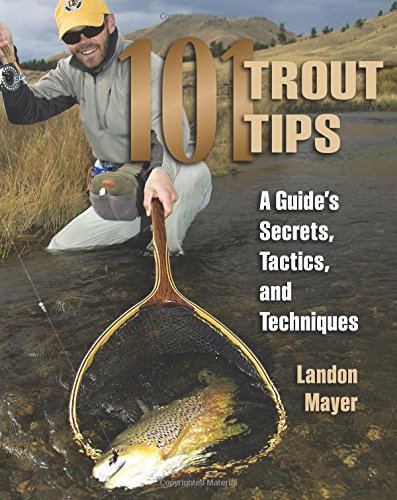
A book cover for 101 Trout Tips: A Guide's Secrets, Tactics, and Techniques; Landon R. Mayer; Sports & Outdoors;